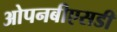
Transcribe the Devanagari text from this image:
ओपनबीएसडी